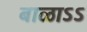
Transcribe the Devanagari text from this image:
बाळाऽऽ